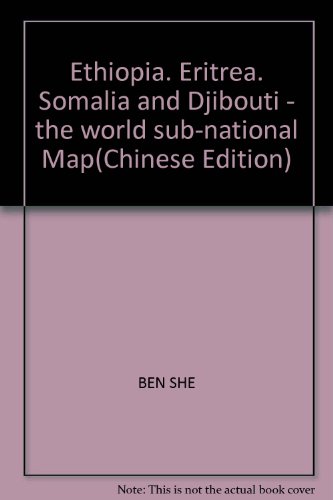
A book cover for Ethiopia, Eritrea, Somalia and Djibouti - the world sub-national Map; BEN SHE; Travel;